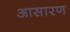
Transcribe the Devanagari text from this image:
आसारण